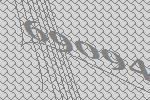
69094